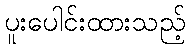
ပူးပေါင်းထားသည့်